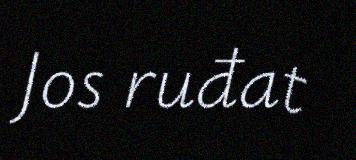
Jos ruđat